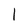
Character: l